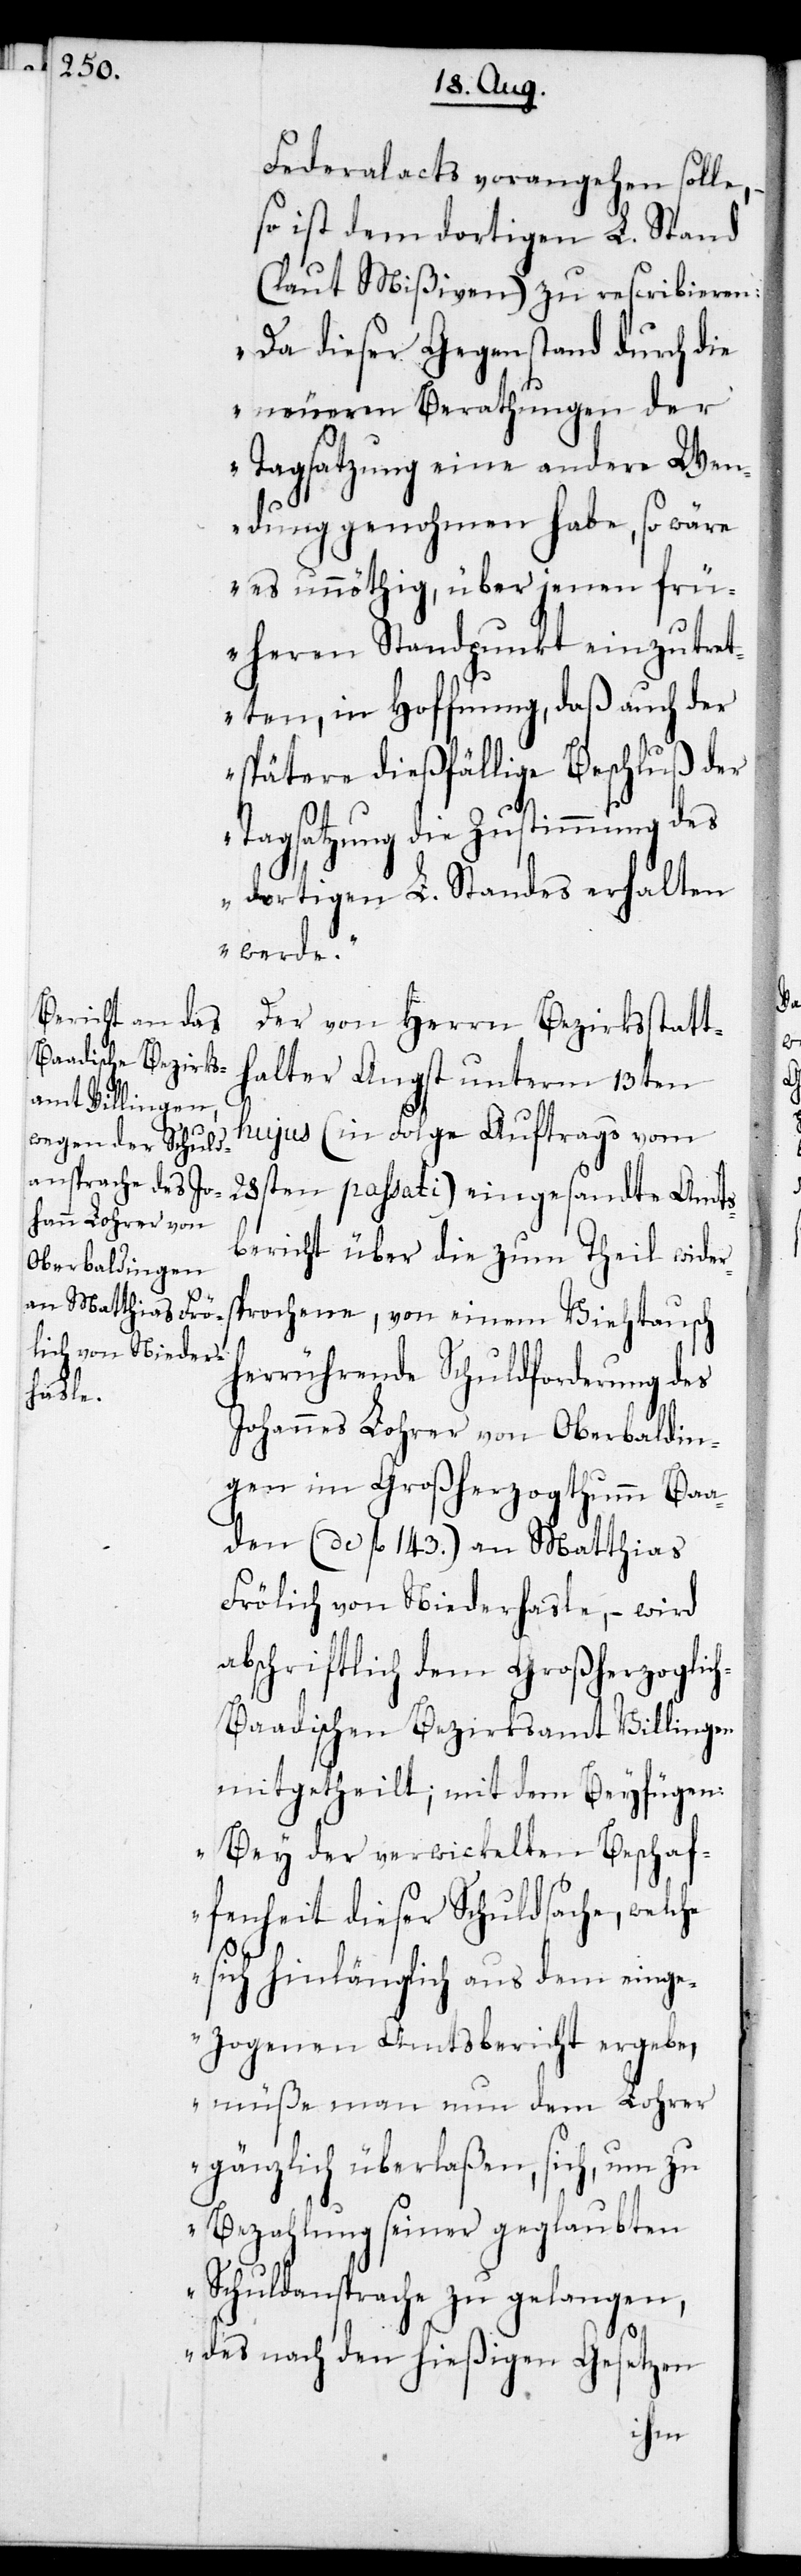
Federalacts vorangehen solle,
so ist dem dortigen L. Stand
(laut Mißiven) zu rescribieren:
„Da dieser Gegenstand durch die
neueren Berathungen der
Tagsatzung eine andere Wen¬
dung genohmen habe, so wäre
es unnöthig, über jenen frü¬
heren Standpunkt einzutret¬
ten, in Hoffnung, daß auch der
spätere dießfällige Beschluß der
Tagsatzung die Zustimmung des
dortigen L. Standes erhalten
werde.“
Der von Herrn Bezirksstatt¬
halter Angst unterm 13ten
hujus (in Folge Auftrags vom
28sten passati) eingesandte Amts¬
bericht über die zum Theil wider¬
sprochene, von einem Viehtausch
herrührende Schuldforderung des
Johannes Lohrer von Oberbaldin¬
gen im Großherzogthumm Ba¬
den (de fl. 143.) an Matthias
Frölich von Niederhasle, – wird
abschriftlich dem Großherzoglic¬
h-Baadischen Bezirksamt Villingen
mitgetheilt; mit dem Beyfügen:
„Bey der verwickelten Beschaf¬
fenheit dieser Schuldsache, welche
sich hinlänglich aus dem einge¬
zogenen Amtsbericht ergebe,
müße man nun dem Lohrer
gänzlich überlaßen, sich, um zu
Bezahlung seiner geglaubten
Schuldansprache zu gelangen,
des nach den hießigen Gesetzen